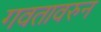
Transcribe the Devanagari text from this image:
गवतावरुन